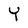
Character: Y